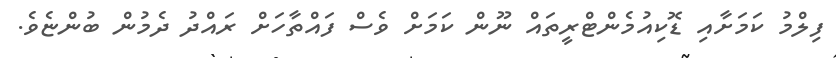
ފިލްމު ކަމަށާއި ޑޮކިއުމެންޓްރީތައް ނޫން ކަމަށް ވެސް ފައްތާހަށް ރައްދު ދެމުން ބުންޏެވެ.